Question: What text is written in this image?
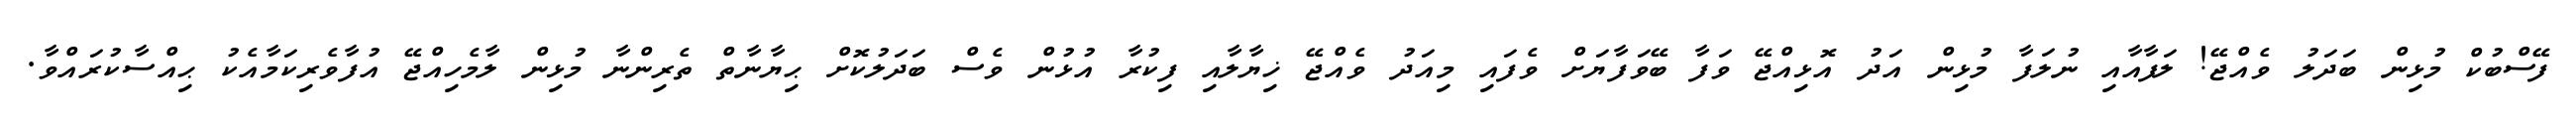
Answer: ފޭސްބުކް މުޅިން ބަދަލު ވެއްޖޭ! ލަފާއާއި ނުލަފާ މުޅިން އަދު އޮޅިއްޖޭ ވަފާ ބޭވަފާޔަށް ވެފައި މިއަދު ވެއްޖޭ ޚިޔާލާއި ފިކުރާ އުޅުން ވެސް ބަދަލުކޮށް ޙިޔާނާތް ތެރިންނާ މުޅިން ލާމެހިއްޖޭ އުފާވެރިކަމާއެކު ޙިއްސާކުރައްވާ.